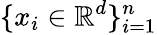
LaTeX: \{ x_{i}\in\mathbb{R}^{d}\} _{i=1}^{n}